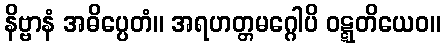
နိဗ္ဗာနံ အဓိပ္ပေတံ။ အရဟတ္တမဂ္ဂေါပိ ဝဋ္ဋတိယေဝ။